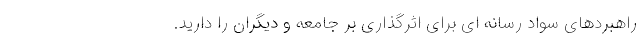
راهبردهای سواد رسانه ای برای اثرگذاری بر جامعه و دیگران را دارید.